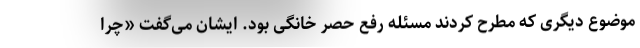
موضوع دیگری که مطرح کردند مسئله رفع حصر خانگی بود. ایشان می‌گفت «چرا